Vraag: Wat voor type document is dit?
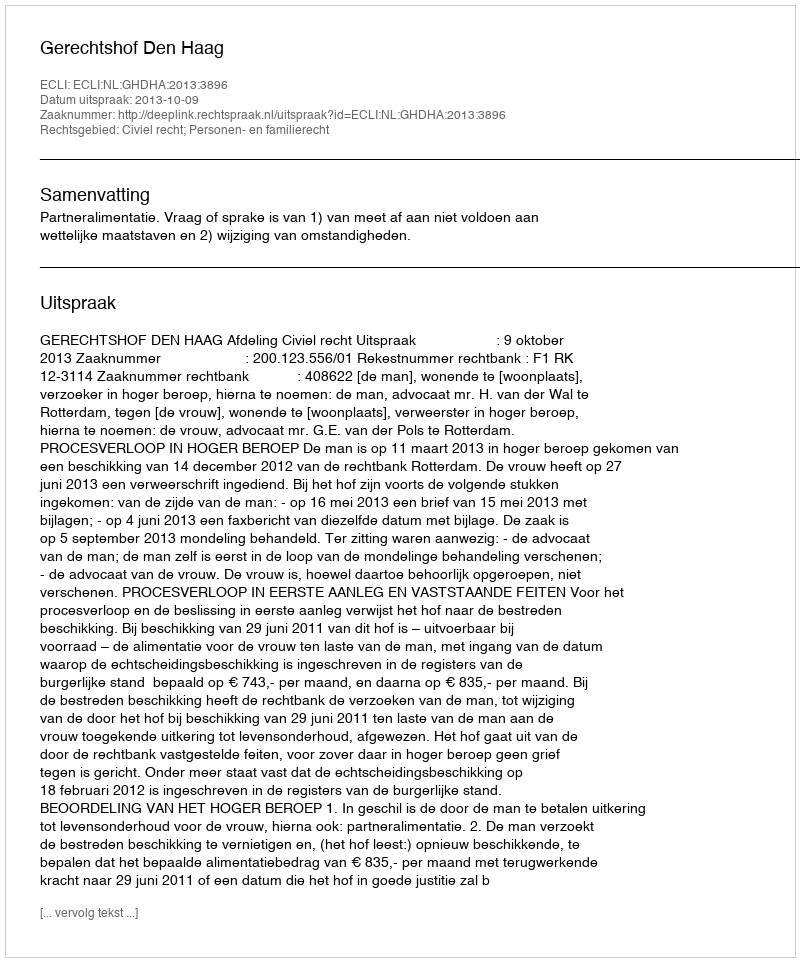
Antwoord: Uitspraak